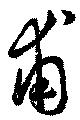
甫